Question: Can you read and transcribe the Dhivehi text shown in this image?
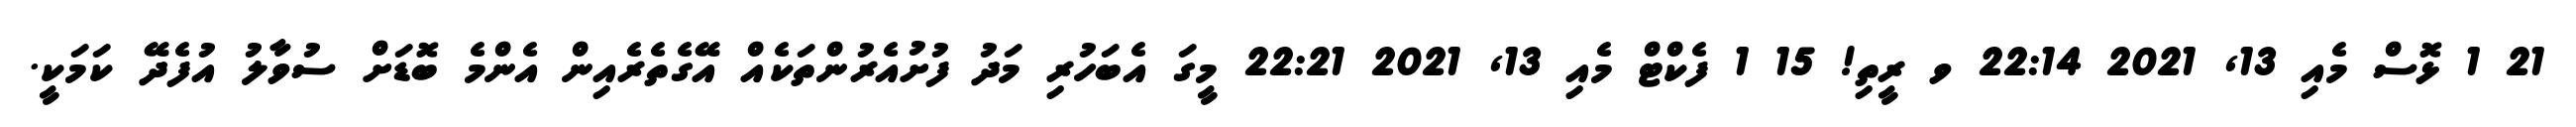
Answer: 21 1 ޅޮސް މެއި 13, 2021 22:14 ވ ރީތި! 15 1 ފެކްޓް މެއި 13, 2021 22:21 މީގަ އެބަހުރި މަދު ފުށުއެރުންތަކެއް އޭގެތެރެއިން އެންމެ ބޮޑަށް ސުވާލު އުފެދޭ ކަމަކީ.